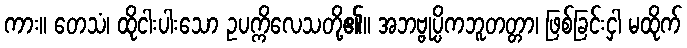
ကား။ တေသံ၊ ထိုငါးပါးသော ဥပက္ကိလေသတို့၏။ အဘဗ္ဗုပ္ပိကဘူတတ္တာ၊ ဖြစ်ခြင်းငှါ မထိုက်